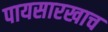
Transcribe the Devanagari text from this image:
पायसारखाच